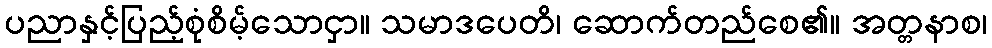
ပညာနှင့်ပြည့်စုံစိမ့်သောငှာ။ သမာဒပေတိ၊ ဆောက်တည်စေ၏။ အတ္တနာစ၊